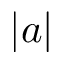
| a |